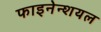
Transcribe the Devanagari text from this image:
फाइनेन्शयल